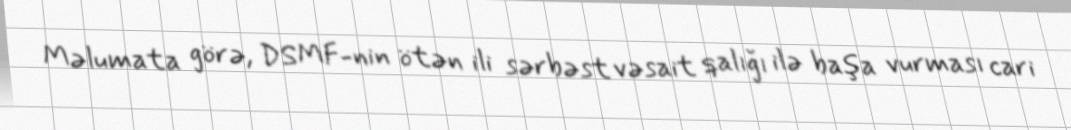
Məlumata görə, DSMF-nin ötən ili sərbəst vəsait qalığı ilə başa vurması cari